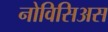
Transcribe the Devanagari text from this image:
नोविसिअस